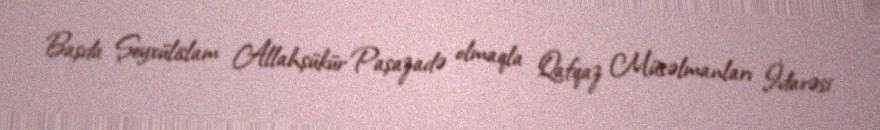
Başda Şeyxülislam Allahşükür Paşazadə olmaqla Qafqaz Müsəlmanları İdarəsi